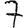
Digit: 7